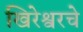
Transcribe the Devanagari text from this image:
खिरेश्वरचे